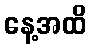
နေ့အထိ